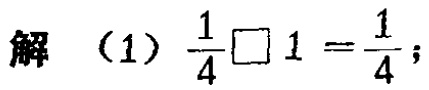
解 （1）$\frac{1}{4}\square 1=\frac{1}{4}$;